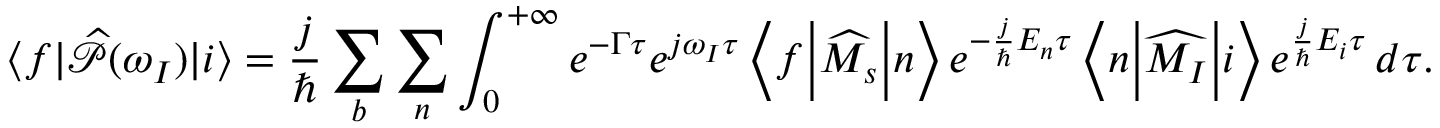
\langle f \vert \widehat { \mathcal { P } } ( \omega _ { I } ) \vert i \rangle = \frac { j } { \hbar } \sum _ { b } \sum _ { n } \int _ { 0 } ^ { + \infty } e ^ { - \Gamma \tau } e ^ { j \omega _ { I } \tau } \left< f \middle | \widehat { M _ { s } } \middle | n \right> e ^ { - \frac { j } { \hbar } E _ { n } \tau } \left< n \middle | \widehat { M _ { I } } \middle | i \right> e ^ { \frac { j } { \hbar } E _ { i } \tau } \, d \tau .